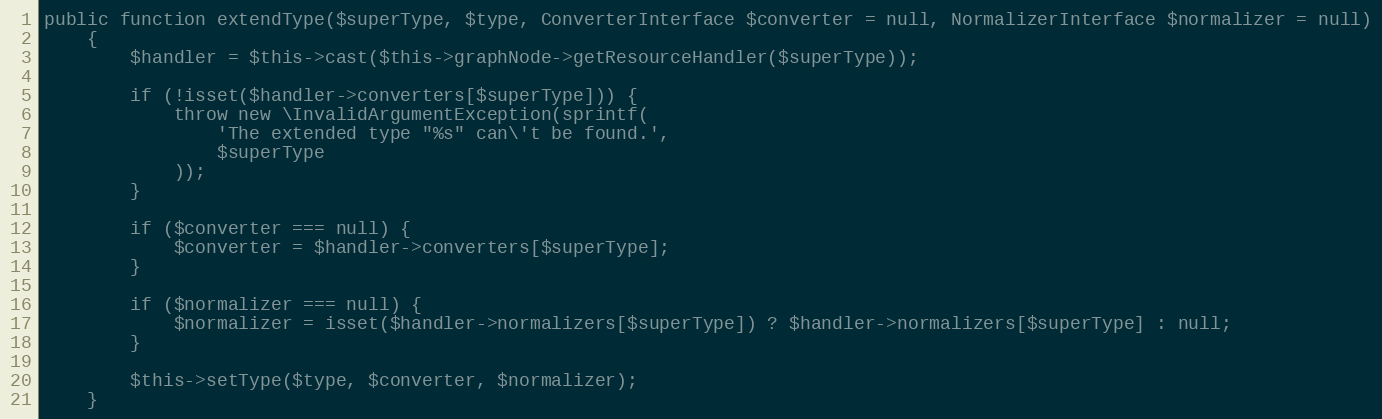
Language: PHP
public function extendType($superType, $type, ConverterInterface $converter = null, NormalizerInterface $normalizer = null)
    {
        $handler = $this->cast($this->graphNode->getResourceHandler($superType));

        if (!isset($handler->converters[$superType])) {
            throw new \InvalidArgumentException(sprintf(
                'The extended type "%s" can\'t be found.',
                $superType
            ));
        }

        if ($converter === null) {
            $converter = $handler->converters[$superType];
        }

        if ($normalizer === null) {
            $normalizer = isset($handler->normalizers[$superType]) ? $handler->normalizers[$superType] : null;
        }

        $this->setType($type, $converter, $normalizer);
    }